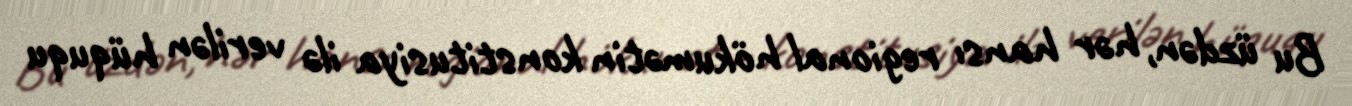
Bu üzdən, hər hansı regional hökumətin konstitusiya ilə verilən hüququ